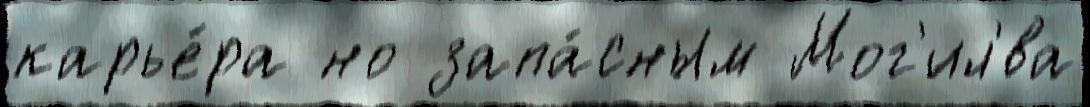
карье́ра но запа́сным Мог'ил'́ва